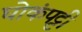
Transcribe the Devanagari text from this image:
घोकंपट्टी